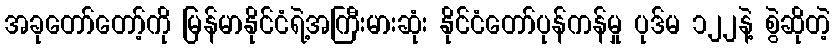
အခုတော်တော့်ကို မြန်မာနိုင်ငံရဲ့အကြီးမားဆုံး နိုင်ငံတော်ပုန်ကန်မှု ပုဒ်မ ၁၂၂နဲ့ စွဲဆိုတဲ့